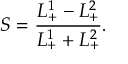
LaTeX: S = { \frac { L _ { + } ^ { 1 } - L _ { + } ^ { 2 } } { L _ { + } ^ { 1 } + L _ { + } ^ { 2 } } } .